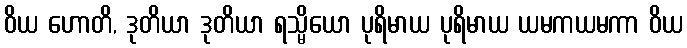
ဝိယ ဟောတိ, ဒုတိယာ ဒုတိယာ ရသ္မိယော ပုရိမာယ ပုရိမာယ ယမကယမကာ ဝိယ